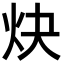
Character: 炔